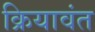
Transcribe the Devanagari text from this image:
क्रियावंत